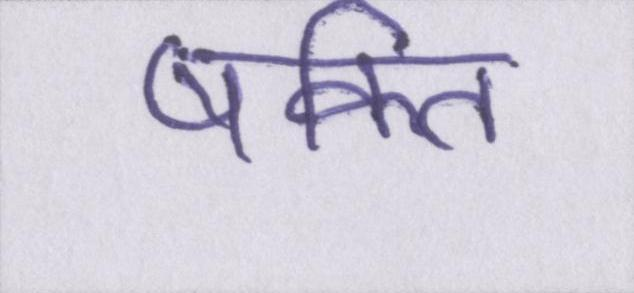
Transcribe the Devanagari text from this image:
षक्ति